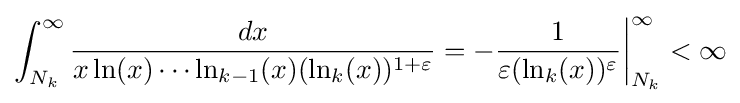
\int _{N_{k}}^{\infty }{\frac {dx}{x\ln(x)\cdots \ln _{k-1}(x)(\ln _{k}(x))^{1+\varepsilon }}}=-{\frac {1}{\varepsilon (\ln _{k}(x))^{\varepsilon }}}{\biggr |}_{N_{k}}^{\infty }<\infty